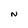
Character: N